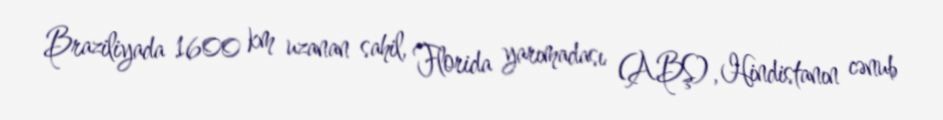
Braziliyada 1600 km uzanan sahil, Florida yarımadası (ABŞ), Hindistanın cənub